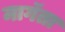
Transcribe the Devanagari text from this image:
मागॅता